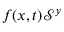
f ( x , t ) \mathcal { S } ^ { y }